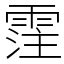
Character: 霔